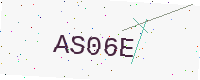
Text: AS06E